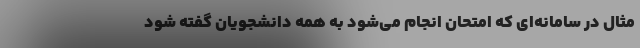
مثال در سامانه‌ای که امتحان انجام می‌شود به همه دانشجویان گفته شود